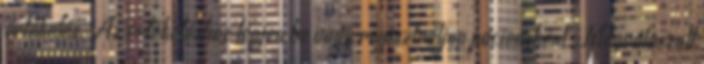
értékelés. Az értékeléshez lépjen be vagy regisztráljon páciensként. Megválaszolt